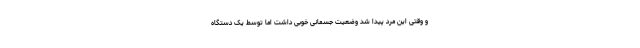
و وقتی این مرد پیدا شد وضعیت جسمانی خوبی داشت اما توسط یک دستگاه